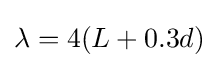
\lambda ={4(L+0.3d)}